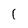
Character: I